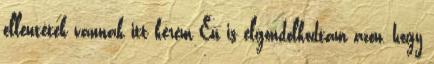
ellentétek vannak itt kérem Én is elgondolkodtam azon, hogy